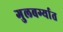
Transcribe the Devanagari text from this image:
गुलबर्ग्यात